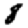
Digit: 8